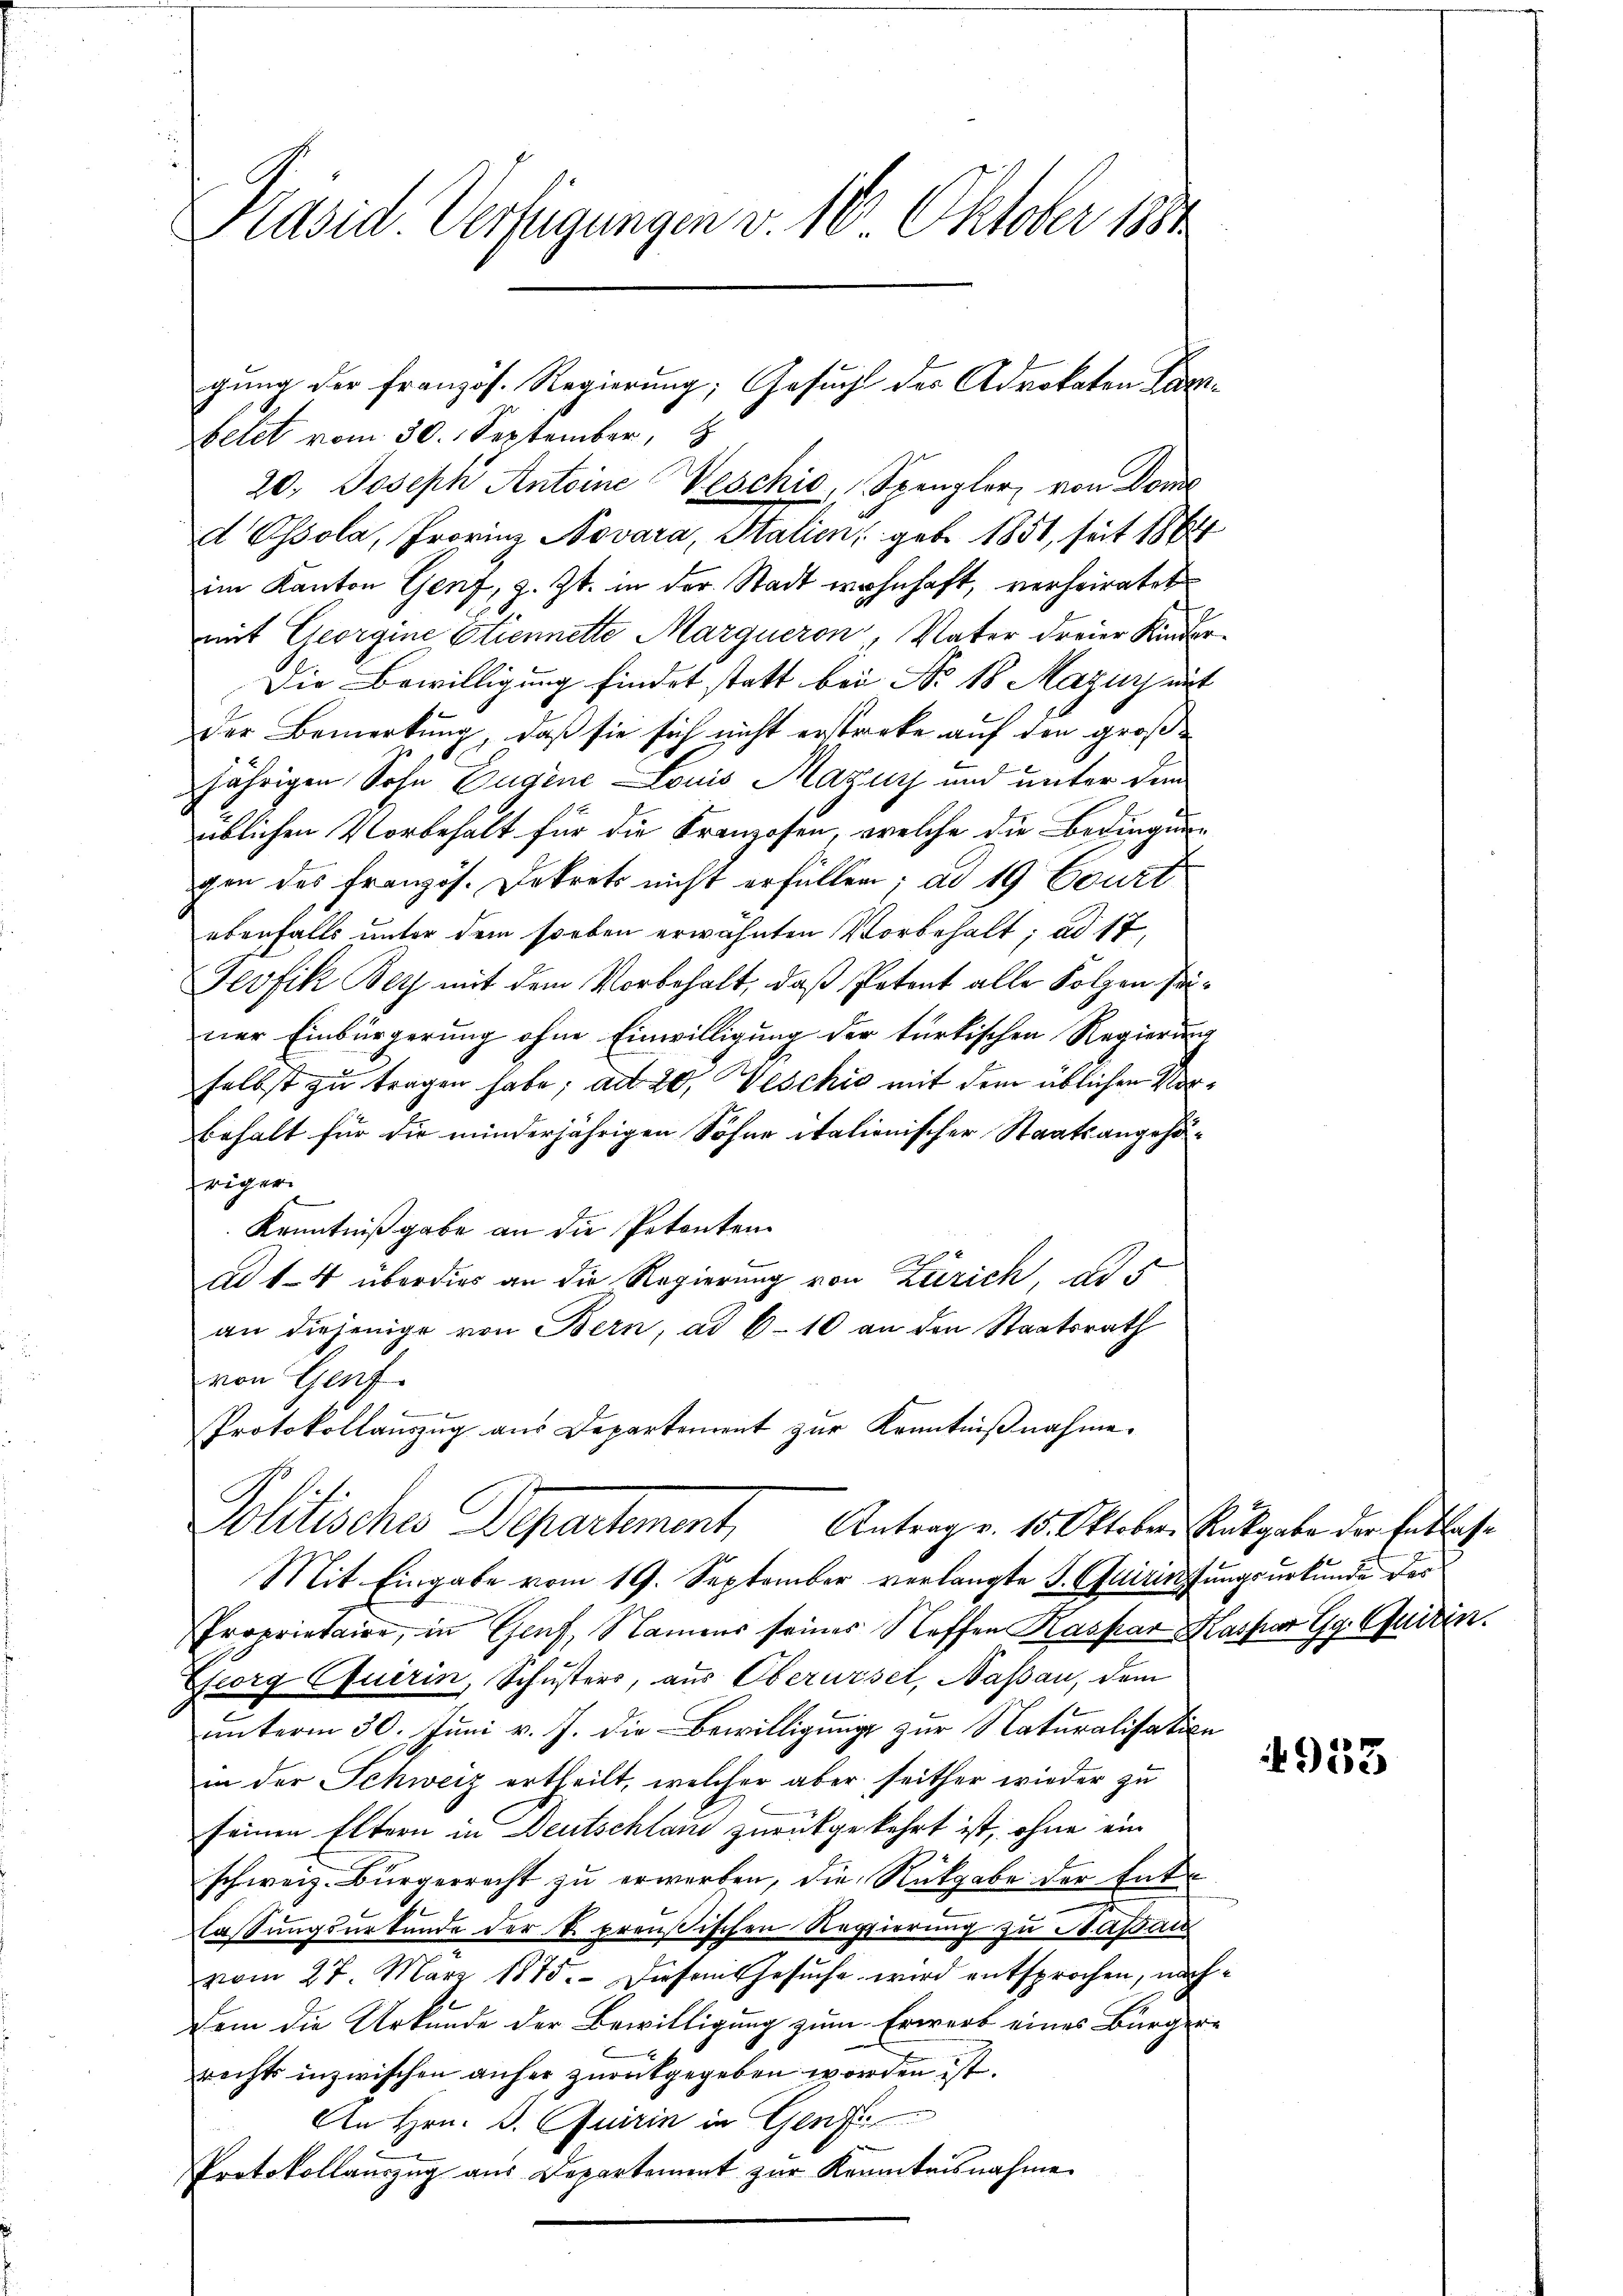
Präsid. Verfügungen v. 16 Oktober 1881

elet vom 30. September,
20. Joseph Antoine Weschio, Spengler, von Dome
d Essola, Frovinz Novara, Italien, geb. 1851, seit 1864
im Kanton Genf, z. Zt. in der Stadt wohnhaft, verheiratet
mit Georgine Etiennette Marqueron, Vater dreier Kinder¬
Die Bewilligung findet statt bei No 18 Mazurat
Der Bemerkung, daß sie sich nicht erstreke auf den groß-
jährigen Sohn Eugene Louis Mazin und unter dem
üblichen Vorbehalt für die Kranzosen, welche die Bedingung
gen des französ. Dekrets nicht erfüllen; ad 19 Beurt
ebenfalls unter dem soeben erwähnten Vorbehalt; ad 17,
Jeofik Bey mit dem Vorbehalt, daß Petent alle Folgen seiner Einbürgerung ohne Einwilligung der türkischen Regierung
selbst zu tragen habe; ad 20. Vesckić mit dem üblichen Vorbehalt für die minderjährigen Söhne italienischer Staatsangehöfriger.
Kenntnißgabe an die Petenten
ad 1–4 überdies an die Regierung von Zürich, als
an diejenige von Bern, ad 6-10 an den Staatsrath
von Genf.
Protokollauszug aus Departement zur Kenntnißnahme.
Politisches Departement, Antrag v. 15. Oktober Rückgabe der Entliche
Mit Eingabe vom 19. September verlangte J. Christungsurkunde des
Proprietaire, in Genf, Namens seines Steffen Kaspar Kaspar Gg. Quirin.
Georg Quirin, Schusters, aus Oberwiset, Nassau, dem
ŭnterm 30. Juni v. J. die Bewilligung zur Naturalisation
in der Schweiz ertheilt, welcher aber seither wieder zu
seinen Eltern in Deutschland zurückgekehrt ist, ohne ein
schweiz. Bürgerrecht zu erwerben, die Rückgabe der Entt
lassungsurkunde der k. preußischen Regierung zu Maßau
vom 27. März 1875. Diesem Gesŭche wird entsprochen, nach¬
Dein die Urkunde der Bewilligung zum Erwarb eines Bürgerrechts inzwischen anher zurückgegeben worden ist.
An Hrn. B. Quirin in Genf
Protokollauszug aus Departement zur Kenntnisnahme

gung der französ. Regierung; Gesucht des Advokaten Par¬

4953